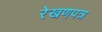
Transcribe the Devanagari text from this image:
रेखणपत्र